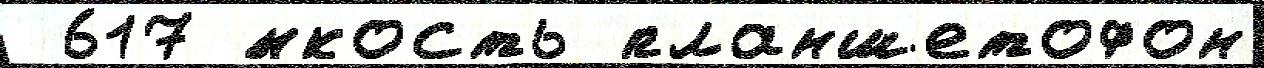
 617 ́мкость планшетофон